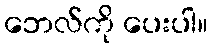
ဘေလ်ကို ပေးပါ။